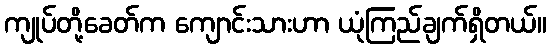
ကျုပ်တို့ခေတ်က ကျောင်းသားဟာ ယုံကြည်ချက်ရှိတယ်။